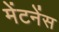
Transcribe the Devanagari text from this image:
मेंटनेंस